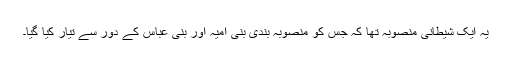
یہ ایک شیطانی منصوبہ تھا کہ جس کو منصوبہ بندی بنی اُمیہ اور بنی عباس کے دور سے تیار کیا گیا۔